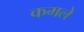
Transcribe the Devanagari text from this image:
कमले